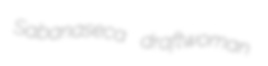
Sabanaseca draftwoman